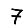
Digit: 7